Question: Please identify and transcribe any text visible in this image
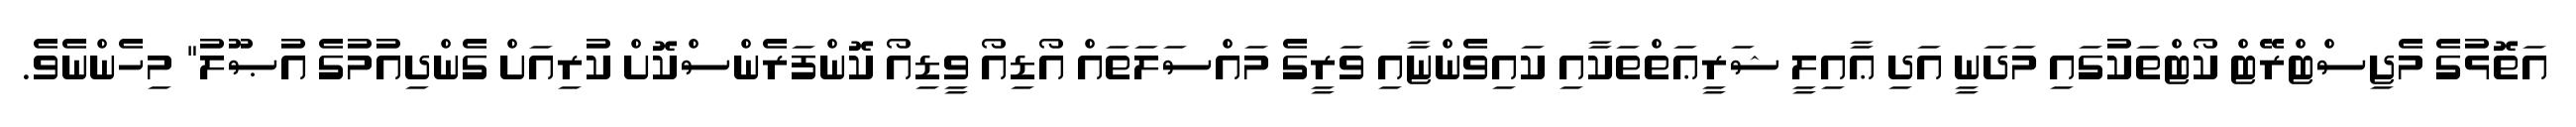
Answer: އަތޮޅުގެ މެޖިސްޓްރޭޓް ކޯޓްތަކުގައި މަދަނީ އަދި ޢާއިލީ ޝަރީޢަތްތަކާއި ކައިވެންޏާއި ވަރީގެ މައްސަލަތައް އޯޑިއޯ ވީޑިއޯ ކޮންފަރެންސްކޮށް ކުރިއަށް ގެންދިއުމުގެ އުޞޫލު" މިހެންނެވެ.